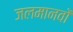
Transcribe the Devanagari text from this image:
जलमानवों